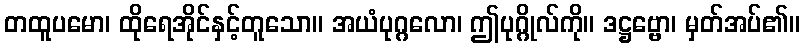
တထူပမော၊ ထိုရေအိုင်နှင့်တူသော။ အယံပုဂ္ဂလော၊ ဤပုဂ္ဂိုလ်ကို။ ဒဋ္ဌဗ္ဗော၊ မှတ်အပ်၏။